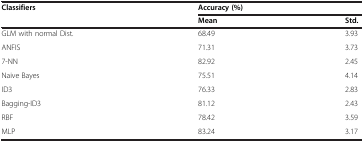
<table><thead><tr><td rowspan="2"><b>Classifiers</b></td><td colspan="2"><b>Accuracy (%)</b></td></tr><tr><td><b>Mean</b></td><td><b>Std.</b></td></tr></thead><tbody><tr><td>GLM with normal Dist.</td><td>68.49</td><td>3.93</td></tr><tr><td>ANFIS</td><td>71.31</td><td>3.73</td></tr><tr><td>7-NN</td><td>82.92</td><td>2.45</td></tr><tr><td>Naive Bayes</td><td>75.51</td><td>4.14</td></tr><tr><td>ID3</td><td>76.33</td><td>2.83</td></tr><tr><td>Bagging-ID3</td><td>81.12</td><td>2.43</td></tr><tr><td>RBF</td><td>78.42</td><td>3.59</td></tr><tr><td>MLP</td><td>83.24</td><td>3.17</td></tr></tbody></table>